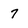
Character: 7